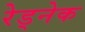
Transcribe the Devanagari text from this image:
रेड्नेक